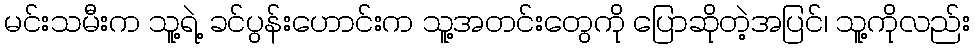
မင်းသမီးက သူ့ရဲ့ ခင်ပွန်းဟောင်းက သူ့အတင်းတွေကို ပြောဆိုတဲ့အပြင်၊ သူ့ကိုလည်း